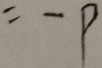
= - 9